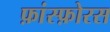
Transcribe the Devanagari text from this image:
फ़ांस्फ़ोरस